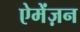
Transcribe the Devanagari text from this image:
ऐमेंज़न